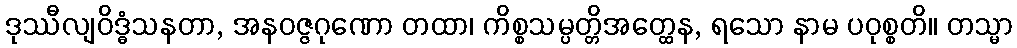
ဒုဿီလျဝိဒ္ဓံသနတာ, အနဝဇ္ဇဂုဏော တထာ၊ ကိစ္စသမ္ပတ္တိအတ္ထေန, ရသော နာမ ပဝုစ္စတိ။ တသ္မာ